Lunatic asylums in Bengal annual reports 1888-1898 - 1888-1898
Year: 1888
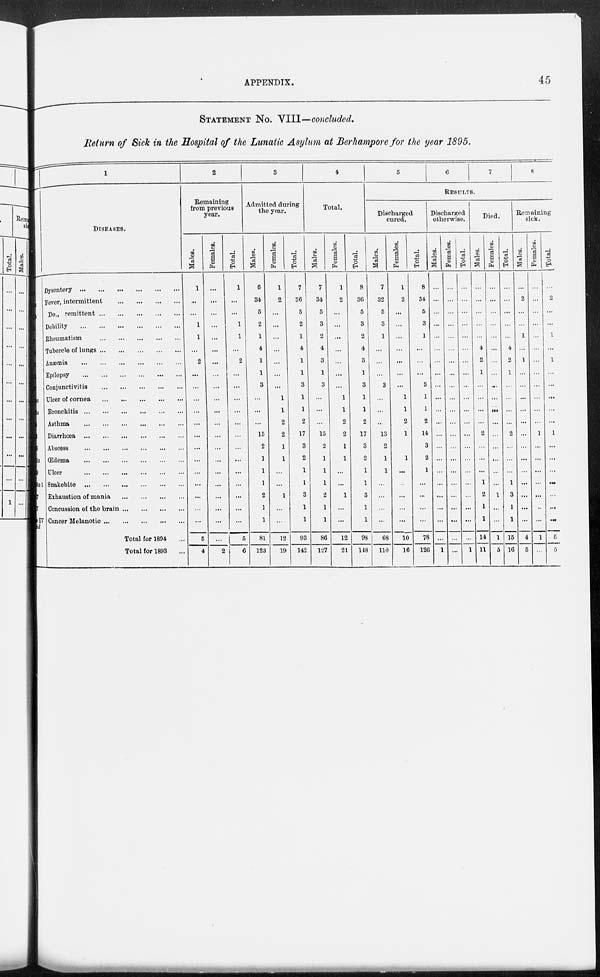
APPENDIX.
45
STATEMENT NO. VIII—concluded.
Return of Sick in the Hospital of the Lunatic Asylum at Berhampore for the year 1895.
1
DISESSES.
Dysentery
Fever, intermittent
Do., remittent
Debility
Rheumatism
Tubercle of lungs
Anæmia
...
Epilepsy
Conjunctivitis
Ulcer of cornea ... ... ...
Bronchitis
Asthma
Diarrhoea
Abscess
(Edema
Ulcer
Snakebite
Exhaustion of mania
Concussion of the brain
Cancer Melanotic
Total for 1894 ...
Total for 1893 ...
2
Remaining
from previous
year.
Males.
1
...
...
1
1
...
2
...
...
...
...
...
...
...
...
...
...
...
...
...
5
4
Females.
...
...
...
...
...
...
...
...
...
...
...
...
...
...
...
...
...
...
...
...
...
2
Total.
1
...
...
1
1
...
2
...
...
...
...
...
...
...
...
...
...
...
...
...
5
6
3
Admitted during
the year.
Males.
6
34
5
2
1
4
1
1
3
...
...
...
15
2
1
1
1
2
1
1
81
123
Females.
1
2
...
...
...
...
...
...
...
1
1
2
2
1
1
...
...
1
...
...
12
19
Total.
7
36
5
2
1
4
1
1
3
1
1
2
17
3
2
1
1
3
1
1
93
142
4
Total.
Males.
7
34
5
3
2
4
3
1
3
...
...
...
15
2
1
1
1
2
1
1
86
127
Females.
1
2
...
...
...
...
...
...
...
1
1
2
2
1
1
...
...
1
...
...
12
21
Total.
8
36
5
3
2
4
3
1
3
1
1
2
17
3
2
1
1
3
1
1
98
148
5
6
7
8
RESULTS.
Discharged
cured.
Males.
7
32
5
3
1
...
...
...
3
...
...
...
13
2
1
1
...
...
...
...
68
110
Females.
1
2
...
...
...
...
...
...
...
1
1
2
1
...
1
...
...
...
...
...
10
16
Total.
8
34
5
3
1
...
...
...
3
1
1
2
14
3
2
1
...
...
...
...
78
126
Discharged
otherwise.
Males.
...
...
...
...
...
...
...
...
...
...
...
...
...
...
...
...
...
...
...
...
...
1
Females.
...
...
...
...
...
...
...
...
...
...
...
...
...
...
...
...
...
...
...
...
...
...
Total.
...
...
...
...
...
...
...
...
...
...
...
...
...
...
...
...
...
...
...
...
1
Died.
Males.
...
...
...
...
...
4
2
1
...
...
...
...
2
...
...
...
1
2
1
1
14
11
Females.
...
...
...
...
...
...
...
...
...
...
...
...
...
...
...
...
...
1
...
...
1
6
Total.
...
...
...
...
...
4
2
1
...
...
...
...
2
...
...
...
1
3
1
1
15
16
Remaining
sick.
Males.
...
2
...
1
...
1
...
...
...
...
...
...
...
...
...
...
...
...
...
4
5
Females.
1
...
...
...
...
1
...
...
...
...
...
...
1
Total.
...
2
...
...
1
...
1
...
...
...
...
...
1
...
...
...
...
...
...
...
5
5